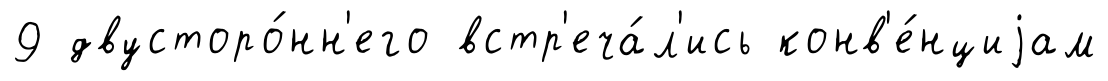
9 двусторо́нн'его встр'еча́л'ись конв'е́нциjам